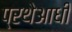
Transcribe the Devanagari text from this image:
प्रथेआधी